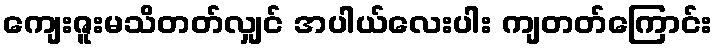
ကျေးဇူးမသိတတ်လျှင် အပါယ်လေးပါး ကျတတ်ကြောင်း